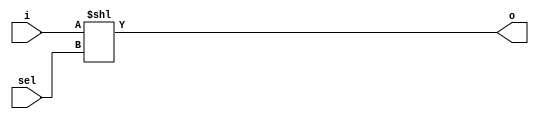
module v75c864_v45bd49 (
 input i,
 input [2:0] sel,
 output [7:0] o
);
 assign o = i << sel;
endmodule